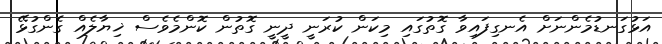
އަޅުގަނޑުމެންނަށް އެނގިފައިވާ ގޮތުގައި މިކަން ކުރަނީ ދީނީ ގޮތުން ކޮންމެވެސް ޚިޔާލެއް ގެންގުޅޭ